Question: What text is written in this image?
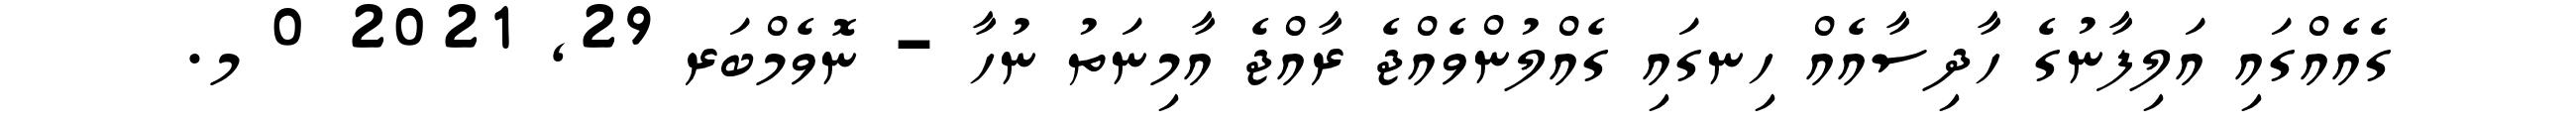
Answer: ގެއެއްގައި އަލިފާނުގެ ހާދިސާއެއް ހިނގައި ގެއްލުންވެއްޖެ ރާއްޖެ އާމިނަތު ނުހާ - ނޮވެމްބަރ 29, 2021 0 މ.